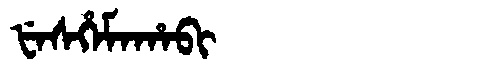
Manchu: ᡶᡝᠰᡥᡝᠮᠠᡥᠠᠪᡳ
Romanization: FESHEMAHABI